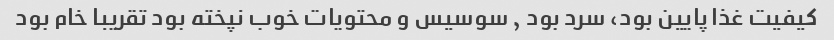
کیفیت غذا پایین بود، سرد بود , سوسیس و محتویات خوب نپخته بود تقریبا خام بود